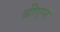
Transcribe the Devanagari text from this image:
ब्रीएन